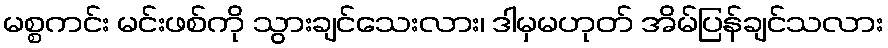
မစ္စကင်း မင်းဖစ်ကို သွားချင်သေးလား၊ ဒါမှမဟုတ် အိမ်ပြန်ချင်သလား